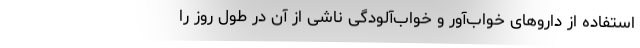
استفاده از داروهای خواب‌آور و خواب‌آلودگی ناشی از آن در طول روز را